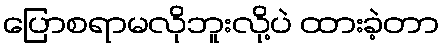
ပြောစရာမလိုဘူးလို့ပဲ ထားခဲ့တာ